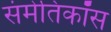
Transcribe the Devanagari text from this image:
संमेतिकॉस